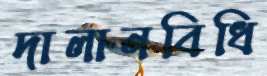
দালানবিধি